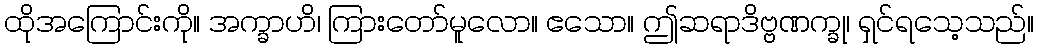
ထိုအကြောင်းကို။ အက္ခာဟိ၊ ကြားတော်မူလော။ ဧသော။ ဤဆရာဒိဗ္ဗဏက္ခု၊ ရှင်ရသေ့သည်။